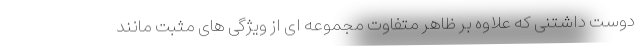
دوست داشتنی که علاوه بر ظاهر متفاوت مجموعه ای از ویژگی های مثبت مانند